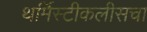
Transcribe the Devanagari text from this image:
थर्मिस्टीकलीसचा